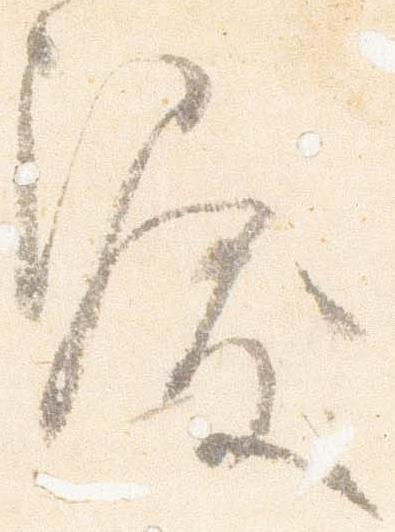
涙